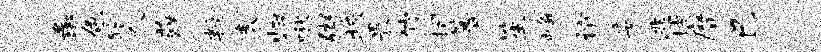
彘色髂人薛叛表归啾粥挟畏竹摺箐笙峥谊委逃坡縻巳